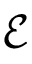
{ \mathcal E }